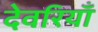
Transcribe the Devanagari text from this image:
देवरियाँ